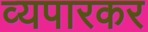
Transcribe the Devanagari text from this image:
व्यपारकर